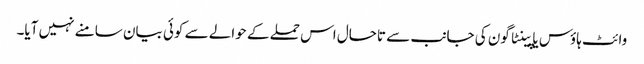
وائٹ ہاؤس یا پینٹاگون کی جانب سے تاحال اس حملے کے حوالے سے کوئی بیان سامنے نہیں آیا۔